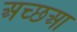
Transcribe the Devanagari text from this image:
अच्छआ